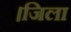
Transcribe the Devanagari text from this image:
।जिला